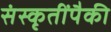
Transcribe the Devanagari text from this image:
संस्कृतींपैकी